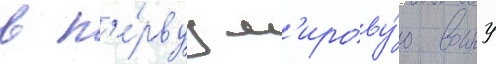
в п'е́рвуу м'ирову́ю воину